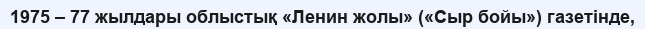
1975 – 77 жылдары облыстық «Ленин жолы» («Сыр бойы») газетінде,